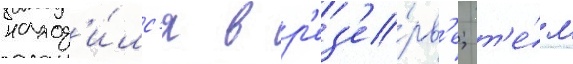
наход'и́лс'я в р'ез'е́рв'е; т'е́м